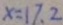
x = 1 7 . 2